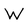
Character: W